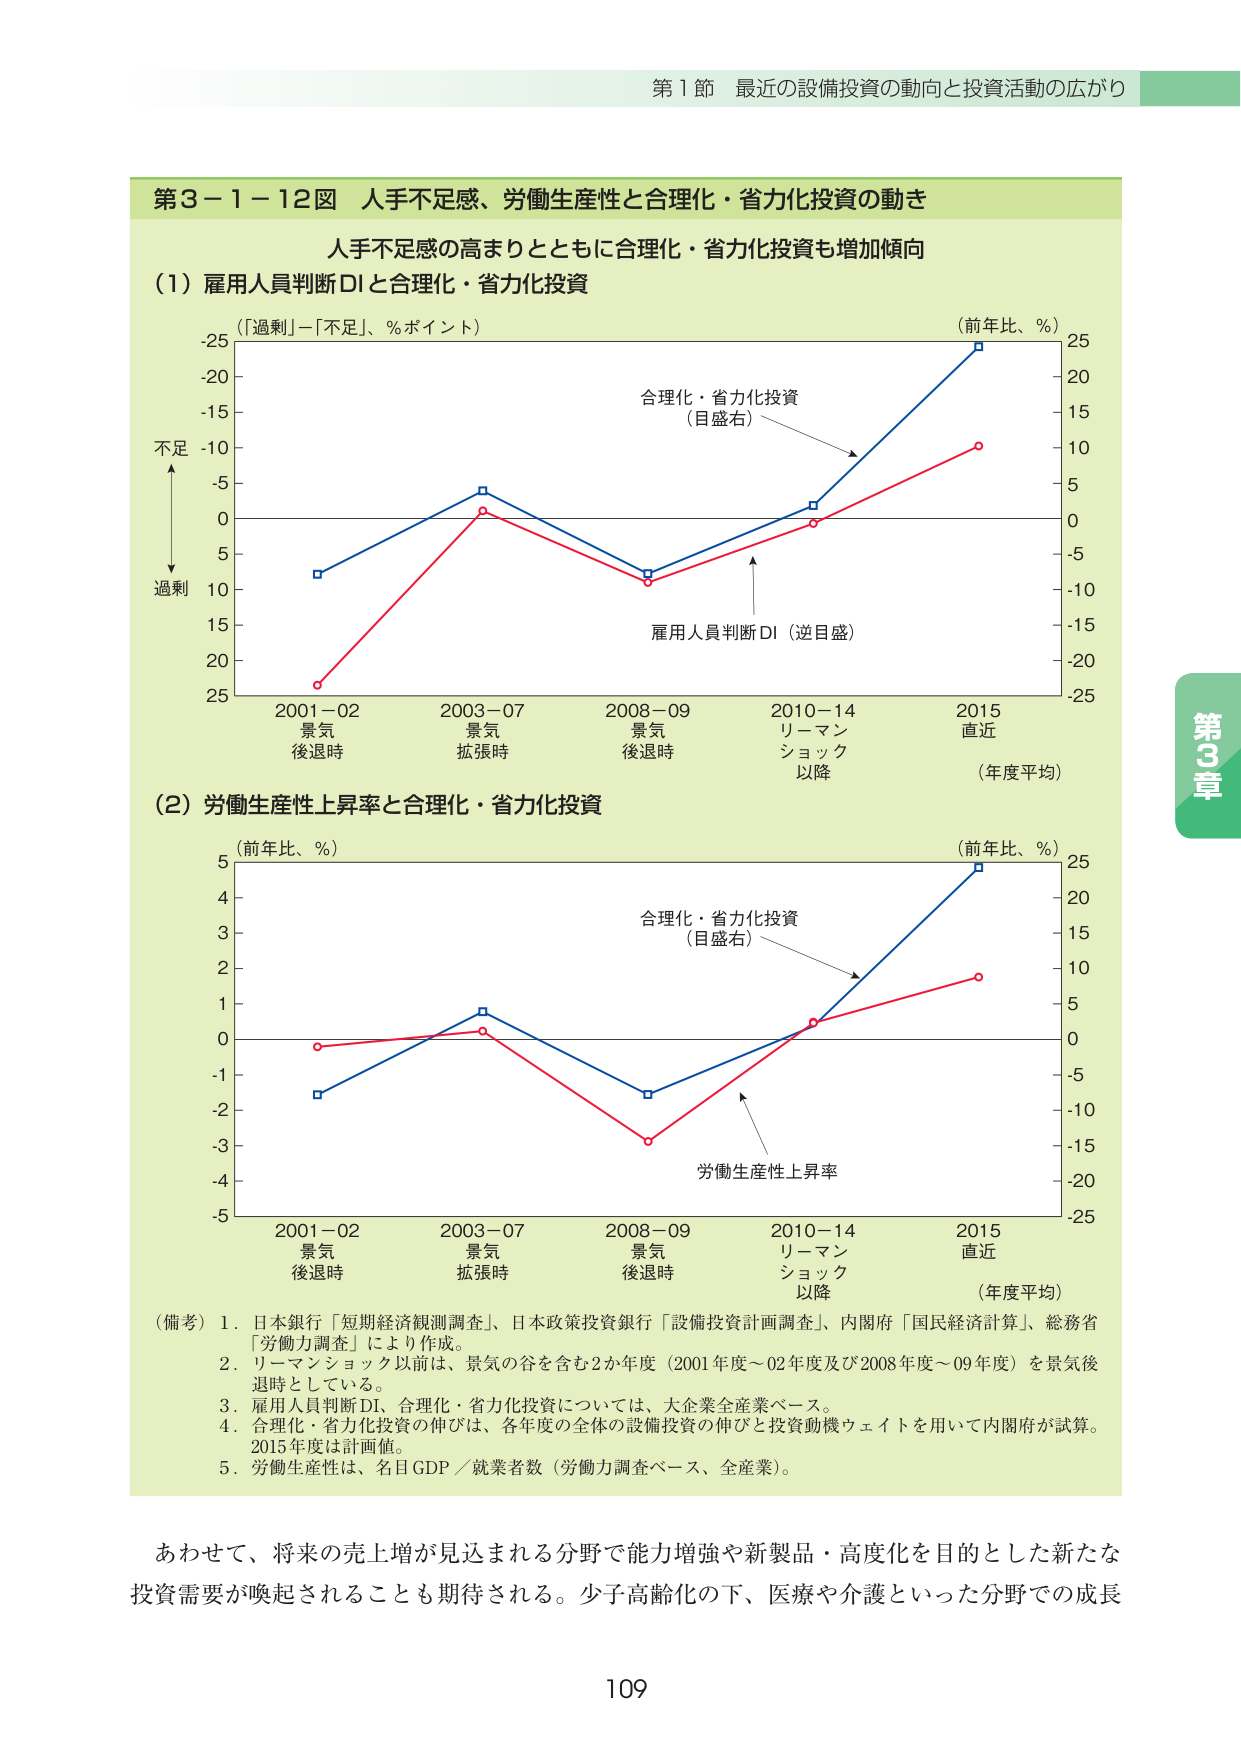
第１節 最近の設備投資の動向と投資活動の広がり

第３－１－１２図 人手不足感、労働生産性と合理化・省力化投資の動き

人手不足感の高まりとともに合理化・省力化投資も増加傾向

（１）雇用人員判断DIと合理化・省力化投資

（「過剰」－「不足」、％ポイント）

不足
↑
↓
過剰

（前年比、％）

合理化・省力化投資
（目盛右）

雇用人員判断DI（逆目盛）

2001－02
景気
後退時

2003－07
景気
拡張時

2008－09
景気
後退時

2010－14
リーマン
ショック
以降

2015
直近

（年度平均）

（２）労働生産性上昇率と合理化・省力化投資

（前年比、％）

合理化・省力化投資
（目盛右）

労働生産性上昇率

2001－02
景気
後退時

2003－07
景気
拡張時

2008－09
景気
後退時

2010－14
リーマン
ショック
以降

2015
直近

（年度平均）

（備考）１．日本銀行「短期経済観測調査」、日本政策投資銀行「設備投資計画調査」、内閣府「国民経済計算」、総務省「労働力調査」により作成。
　　　２．リーマンショック以前は、景気の谷を含む２か年度（2001年度～02年度及び2008年度～09年度）を景気後退時としている。
　　　３．雇用人員判断DI、合理化・省力化投資については、大企業全産業ベース。
　　　４．合理化・省力化投資の伸びは、各年度の全体の設備投資の伸びと投資動機ウェイトを用いて内閣府が試算。2015年度は計画値。
　　　５．労働生産性は、名目GDP／就業者数（労働力調査ベース、全産業）。

あわせて、将来の売上増が見込まれる分野で能力増強や新製品・高度化を目的とした新たな投資需要が喚起されることも期待される。少子高齢化の下、医療や介護といった分野での成長

109

第3章